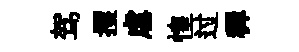
驾攫虐惶过穉